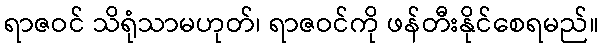
ရာဇဝင် သိရုံသာမဟုတ်၊ ရာဇဝင်ကို ဖန်တီးနိုင်စေရမည်။